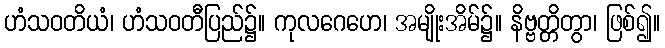
ဟံသဝတိယံ၊ ဟံသဝတီပြည်၌။ ကုလဂေဟေ၊ အမျိုးအိမ်၌။ နိဗ္ဗတ္တိတွာ၊ ဖြစ်၍။